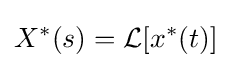
X^{*}(s)={\mathcal {L}}[x^{*}(t)]